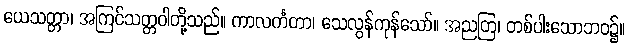
ယေသတ္တာ၊ အကြင်သတ္တဝါတို့သည်။ ကာလင်္ကတာ၊ သေလွန်ကုန်သော်။ အညတြ၊ တစ်ပါးသောဘဝ၌။